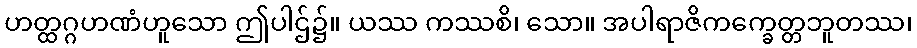
ဟတ္ထဂ္ဂဟဏံဟူသော ဤပါဌ်၌။ ယဿ ကဿစိ၊ သော။ အပါရာဇိကက္ခေတ္တဘူတဿ၊